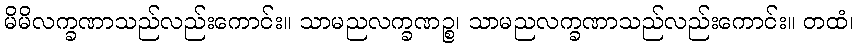
မိမိလက္ခဏာသည်လည်းကောင်း။ သာမညလက္ခဏဉ္စ၊ သာမညလက္ခဏာသည်လည်းကောင်း။ တထံ၊